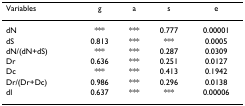
<table><thead><tr><td><b>Variables</b></td><td><b>g</b></td><td><b>a</b></td><td><b>s</b></td><td><b>e</b></td></tr></thead><tbody><tr><td>dN</td><td>***</td><td>***</td><td>0.777</td><td>0.00001</td></tr><tr><td>dS</td><td>0.813</td><td>***</td><td>***</td><td>0.0005</td></tr><tr><td>dN/(dN+dS)</td><td>***</td><td>***</td><td>0.287</td><td>0.0309</td></tr><tr><td>Dr</td><td>0.636</td><td>***</td><td>0.251</td><td>0.0127</td></tr><tr><td>Dc</td><td>***</td><td>***</td><td>0.413</td><td>0.1942</td></tr><tr><td>Dr/(Dr+Dc)</td><td>0.986</td><td>***</td><td>0.296</td><td>0.0138</td></tr><tr><td>dI</td><td>0.637</td><td>***</td><td>***</td><td>0.00006</td></tr></tbody></table>